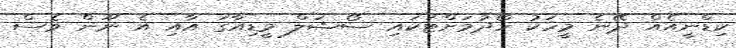
ކިޑްނީއެއް ދޭނެ މީހަކު ހޯދުމަށްޓަކައި ސޯޝަލް މީޑިއާގަ އާއި އެ ނޫން ވެސް